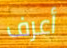
أعرف